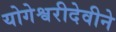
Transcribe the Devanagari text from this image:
योगेश्वरीदेवीने